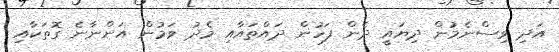
އަދި ވިސްނެމުން ދިޔައީ ދެން ފަހުން ދައްތައާއި މެދު ވަމުން އަންނާނެ ގޮތަކާއި